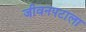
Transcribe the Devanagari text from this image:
जीवनपटाला